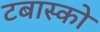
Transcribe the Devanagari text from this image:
टबास्को